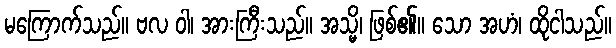
မကြောက်သည်။ ဗလ ဝါ၊ အားကြီးသည်။ အသ္မိ၊ ဖြစ်၏။ သော အဟံ၊ ထိုငါသည်။